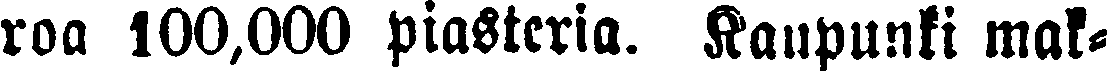
roa 100,000 piasteria. Kaupunki mak-